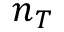
n _ { T }